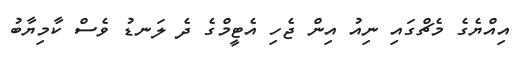
އިއްޔެގެ މެޗްގައި ނިއު އިން ޖެހި އެޓީމްގެ ދެ ލަނޑު ވެސް ކާމިޔާބު